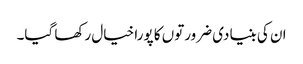
ان کی بنیادی ضرورتوں کا پورا خیال رکھا گیا۔